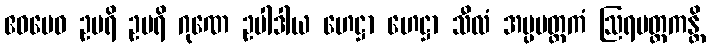
ဧဝမေဝ ဥပရိ ဥပရိ ဂုဏေ ဥပါဒါယ ဟေဋ္ဌာ ဟေဋ္ဌာ သီလံ အပ္ပမတ္တကံ ဩရမတ္တကန္တိ